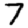
Digit: 7